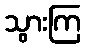
သွားကြ